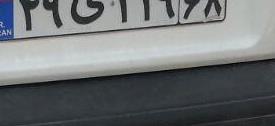
۴۹ی۱۱۹۶۸